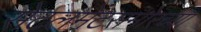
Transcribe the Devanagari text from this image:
सेटलमेंटसमोरच्या